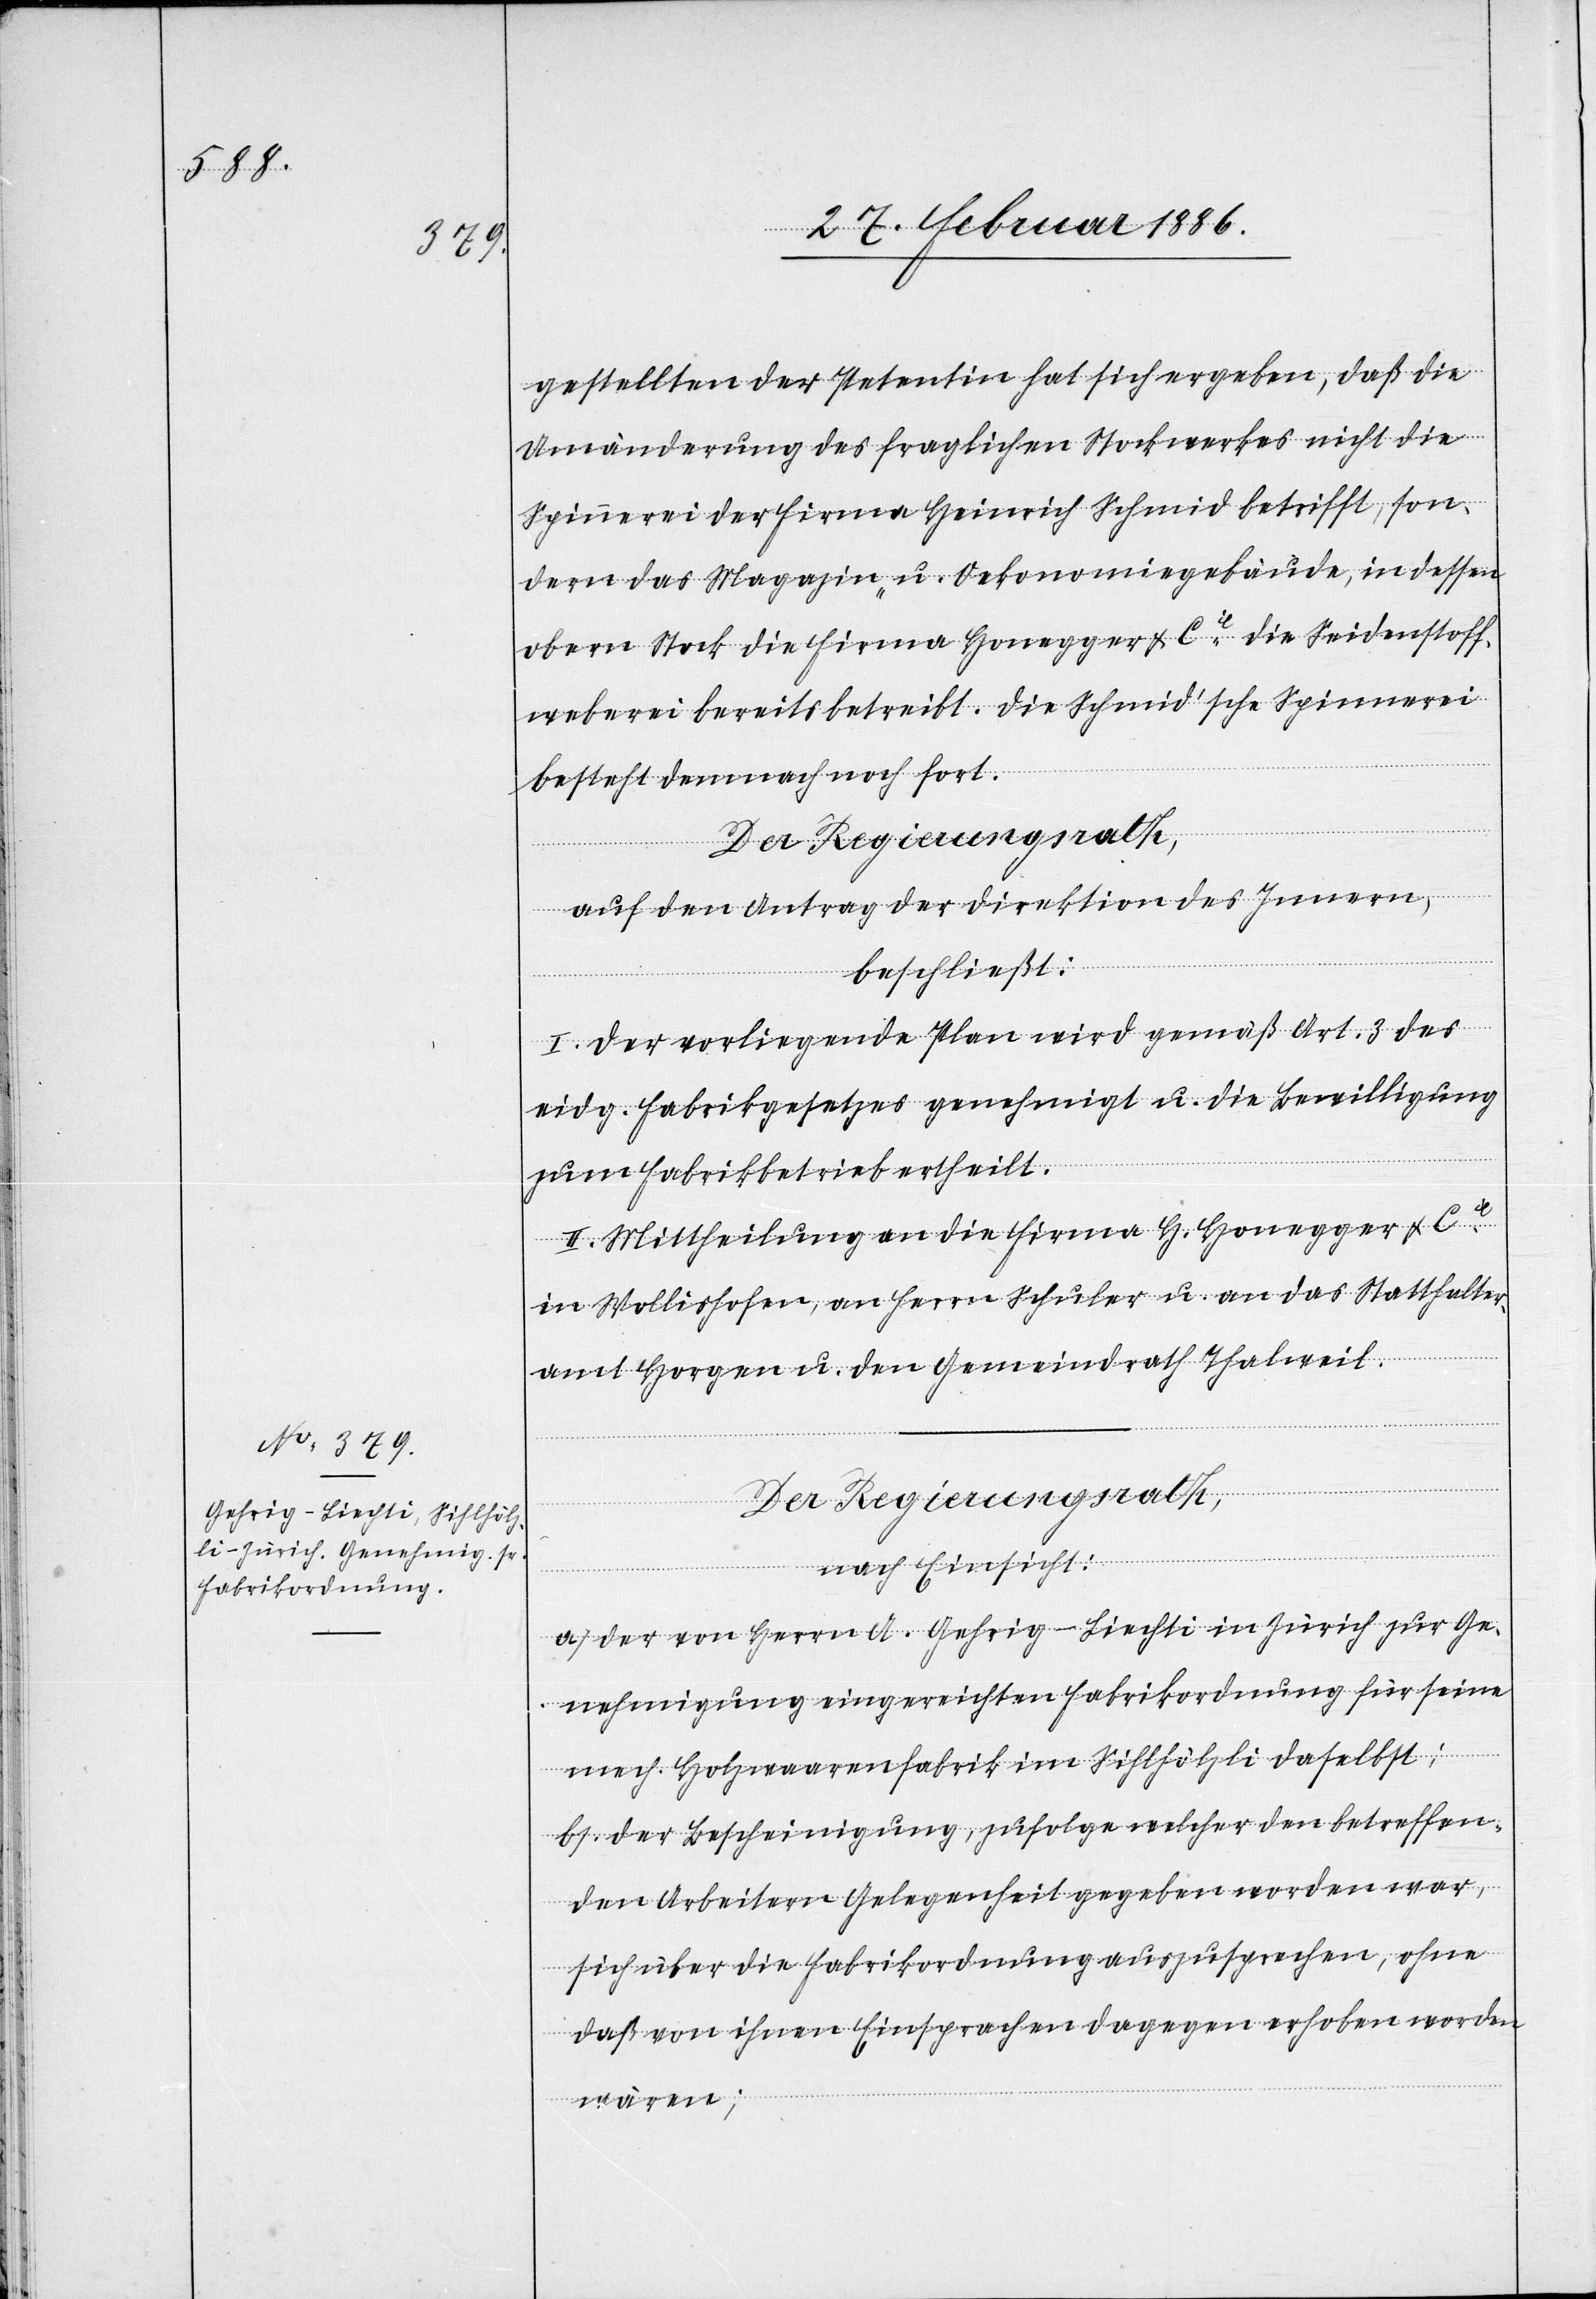
gestellten der Petentin hat sich ergeben, daß die
Umänderung des fraglichen Stockwerkes nicht die
Spinnerei der Firma Heinrich Schmid betrifft, son¬
dern das Magazin- u. Oekonomiegebäude, in dessen
obern Stock die Firma Honegger & Cie. die Seidenstoff¬
weberei bereits betreibt. Die Schmid’sche Spinnerei
besteht demnach noch fort.
Der Regierungsrath,
auf den Antrag der Direktion des Innern,
beschließt:
I. Der vorliegende Plan wird gemäß Art. 3 des
eidg. Fabrikgesetzes genehmigt u. die Bewilligung
zum Fabrikbetrieb ertheilt.
II. Mittheilung an die Firma H. Honegger & Cie.
in Wollishofen, an Herrn Schuler u. an das Statthalter¬
amt Horgen u. den Gemeindrath Thalweil.
Der Regierungsrath,
nach Einsicht:
a) Der von Herrn A. Gehrig-Liechti in Zürich zur Ge¬
nehmigung eingereichten Fabrikordnung für seine
mech. Holzwaarenfabrik im Sihlhölzli daselbst;
b) der Bescheinigung, zufolge welcher den betreffen¬
den Arbeitern Gelegenheit gegeben worden war,
sich über die Fabrikordnung auszusprechen, ohne
daß von ihnen Einsprachen dagegen erhoben worden
wären;